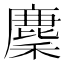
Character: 𢋟